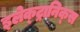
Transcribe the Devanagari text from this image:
इलेक्‍ट्रानिक्‍स